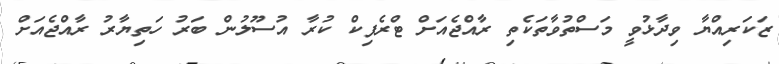
ޒަކަރިއްޔާ ވިދާޅުވީ މަސްތުވާތަކެތި ރާއްޖެއަށް ޓްރެފިކް ކުރާ އުސޫލުން ބަރު ހަތިޔާރު ރާއްޖެއަށް